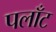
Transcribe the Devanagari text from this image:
पलाँट